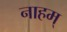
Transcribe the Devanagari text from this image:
नाहम्